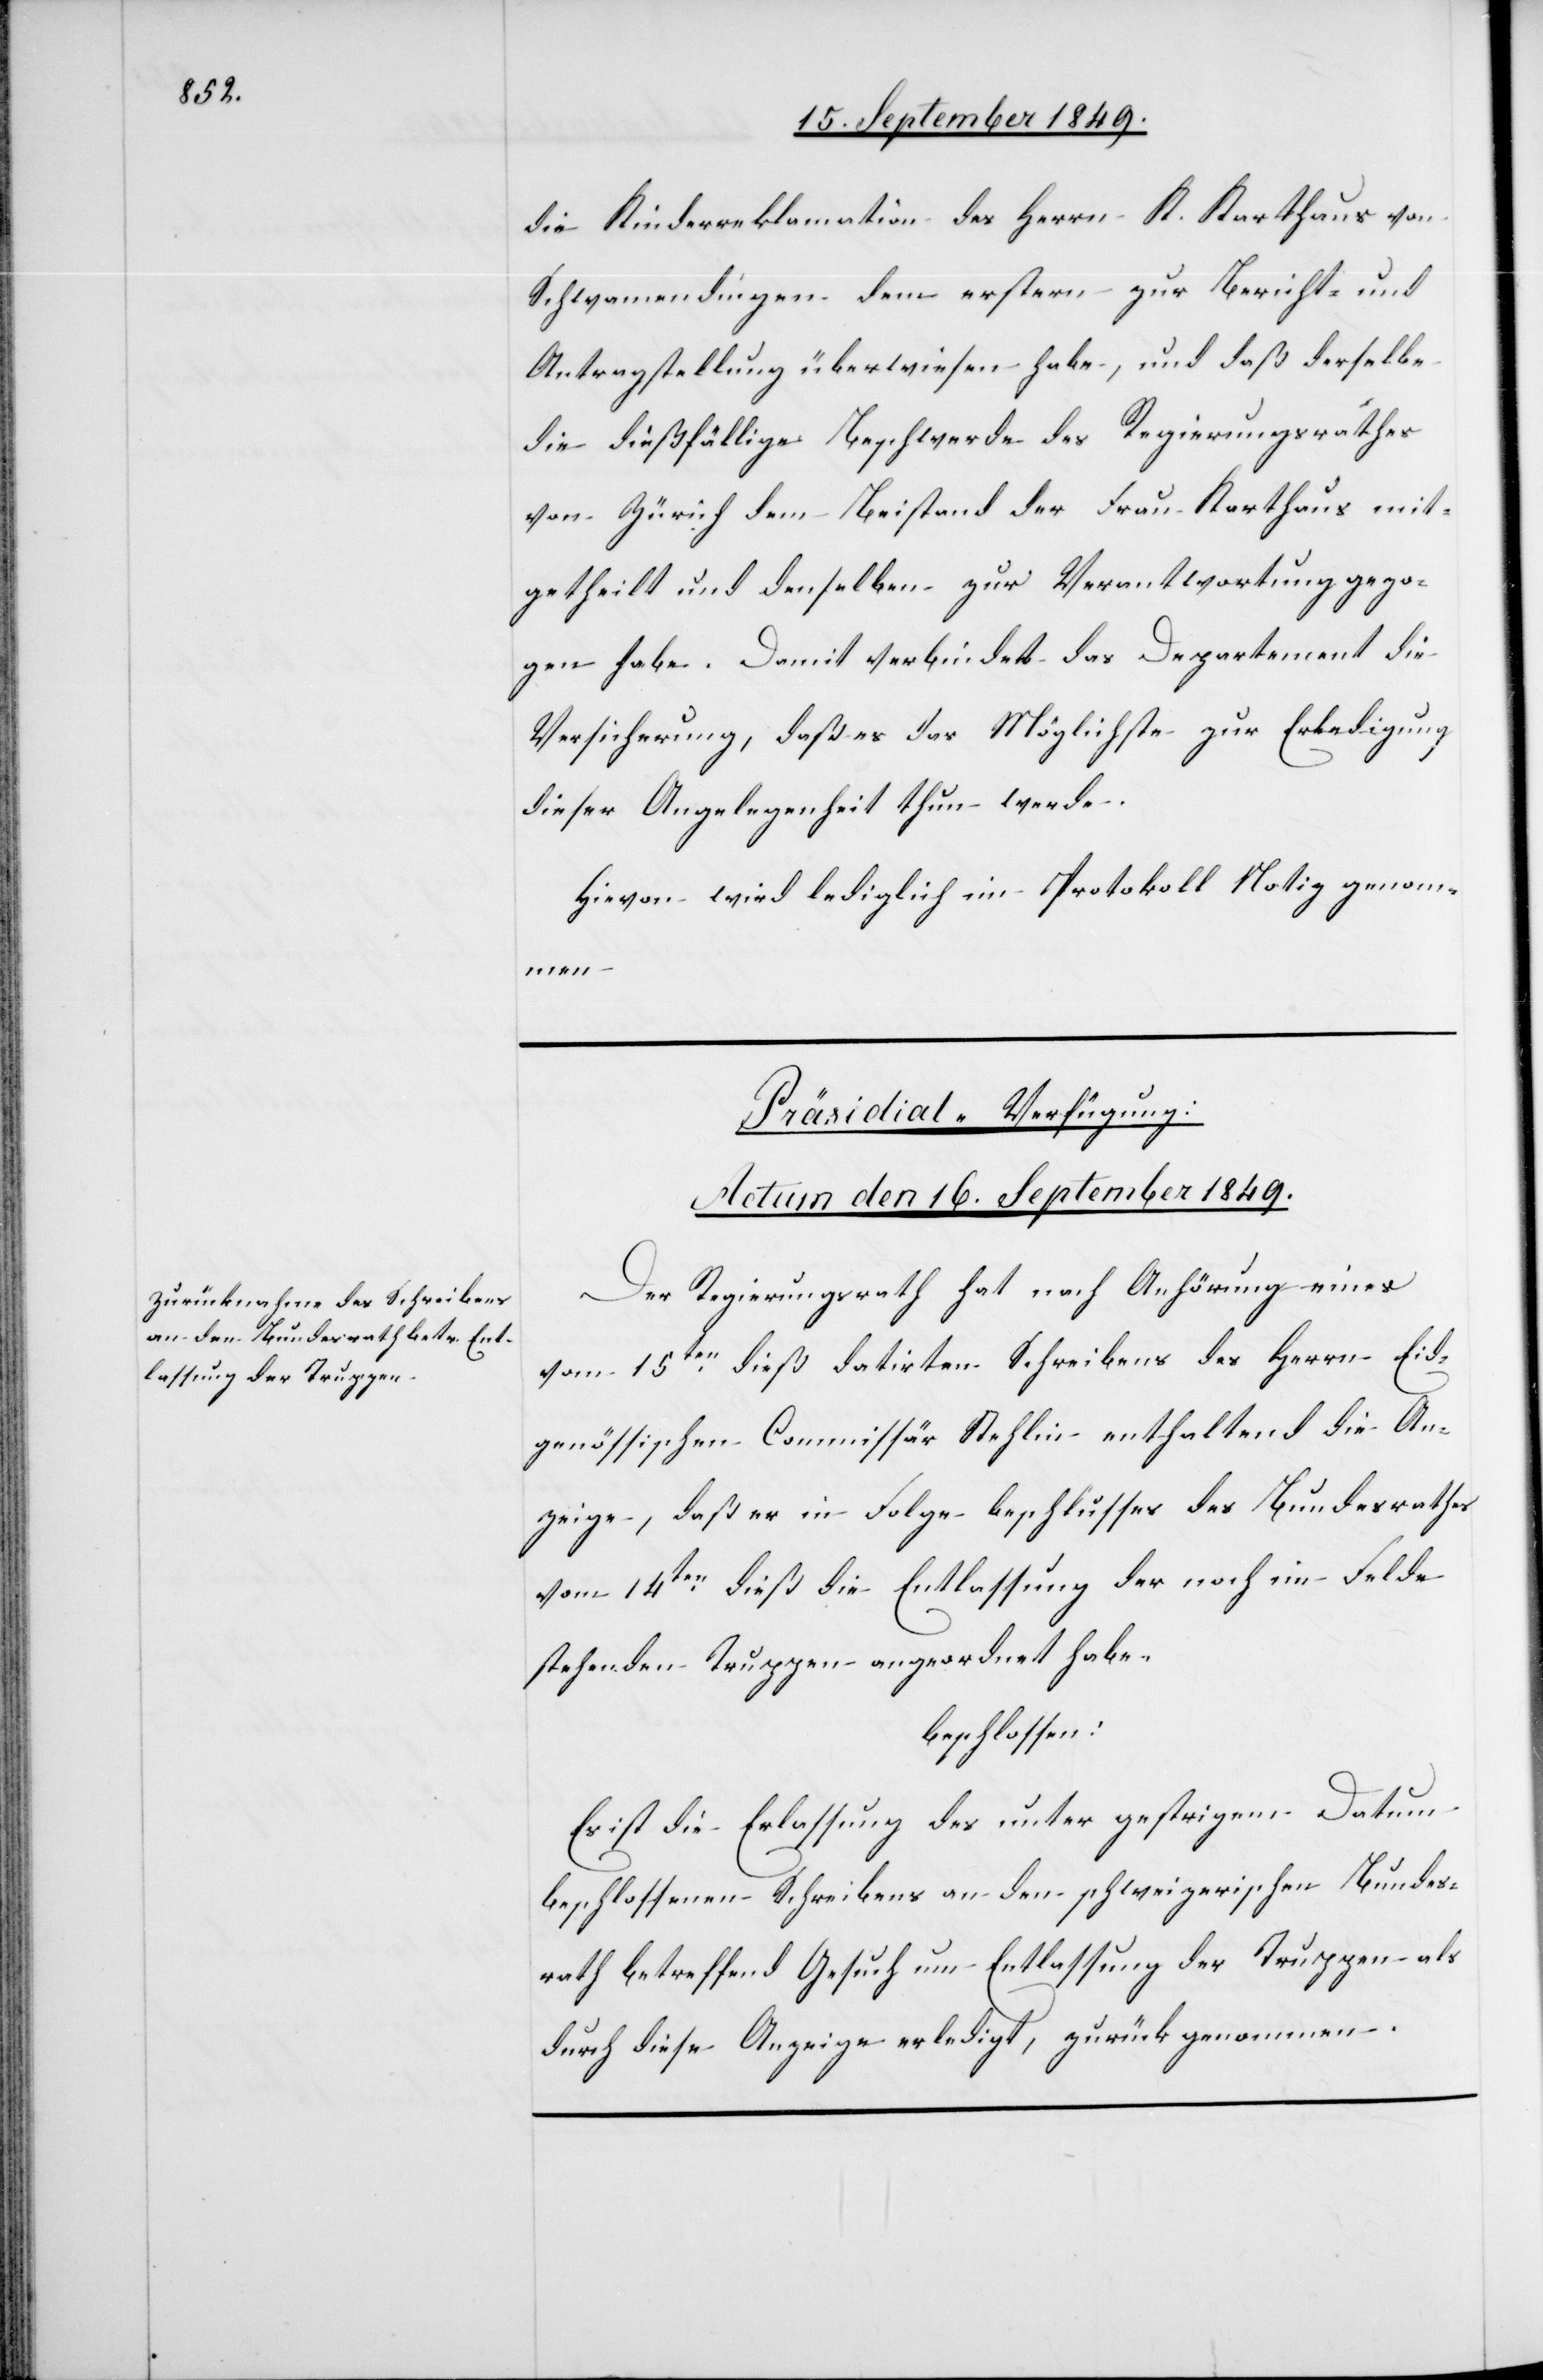
die Kinderreklamation des Herrn K. Karthaus von
Schwamendingen dem erstern zur Bericht- und
Antragstellung überwiesen habe, und daß derselbe
die dießfällige Beschwerde des Regierungsrathes
von Zürich dem Beistand der Frau Karthaus mit¬
getheilt und denselben zur Verantwortung gezo¬
gen habe. Damit verbindet das Departement die
Versicherung, daß es das Möglichste zur Erledigung
dieser Angelegenheit thun werde.
Hievon wird lediglich im Protokoll Notiz genomm¬
en.
Präsidial-Verfügung:
Actum den 16. September 1849.
Der Regierungsrath hat nach Anhörung eines
vom 15ten dieß datirten Schreibens des Herrn Eid¬
genössischen Commissär Stehlin enthaltend die An¬
zeige, daß er in Folge Beschlusses des Bundesrathes
vom 14ten dieß die Entlassung der noch im Felde
stehenden Truppen angeordnet habe.
beschlossen:
Es ist die Erlassung des unter gestrigem Datum
beschlossenen Schreibens an den schweizerischen Bundes¬
rath betreffend Gesuch um Entlassung der Truppen als
durch diese Anzeige erledigt, zurück genommen.